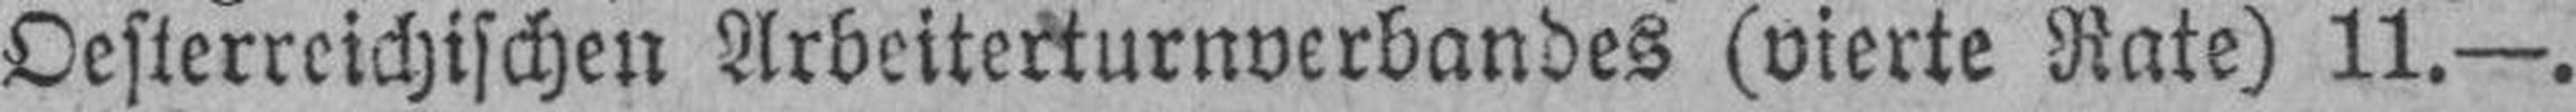
Oesterreichischen Arbeiterturnverbandes (vierte Rate) 11.—.